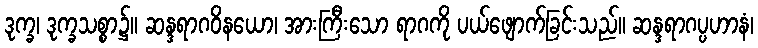
ဒုက္ခ၊ ဒုက္ခသစ္စာ၌။ ဆန္ဒရာဂဝိနယော၊ အားကြီးသော ရာဂကို ပယ်ဖျောက်ခြင်းသည်။ ဆန္ဒရာဂပ္ပဟာနံ၊